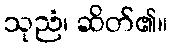
သုညံ၊ ဆိတ်၏။